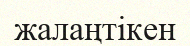
жалаңтікен